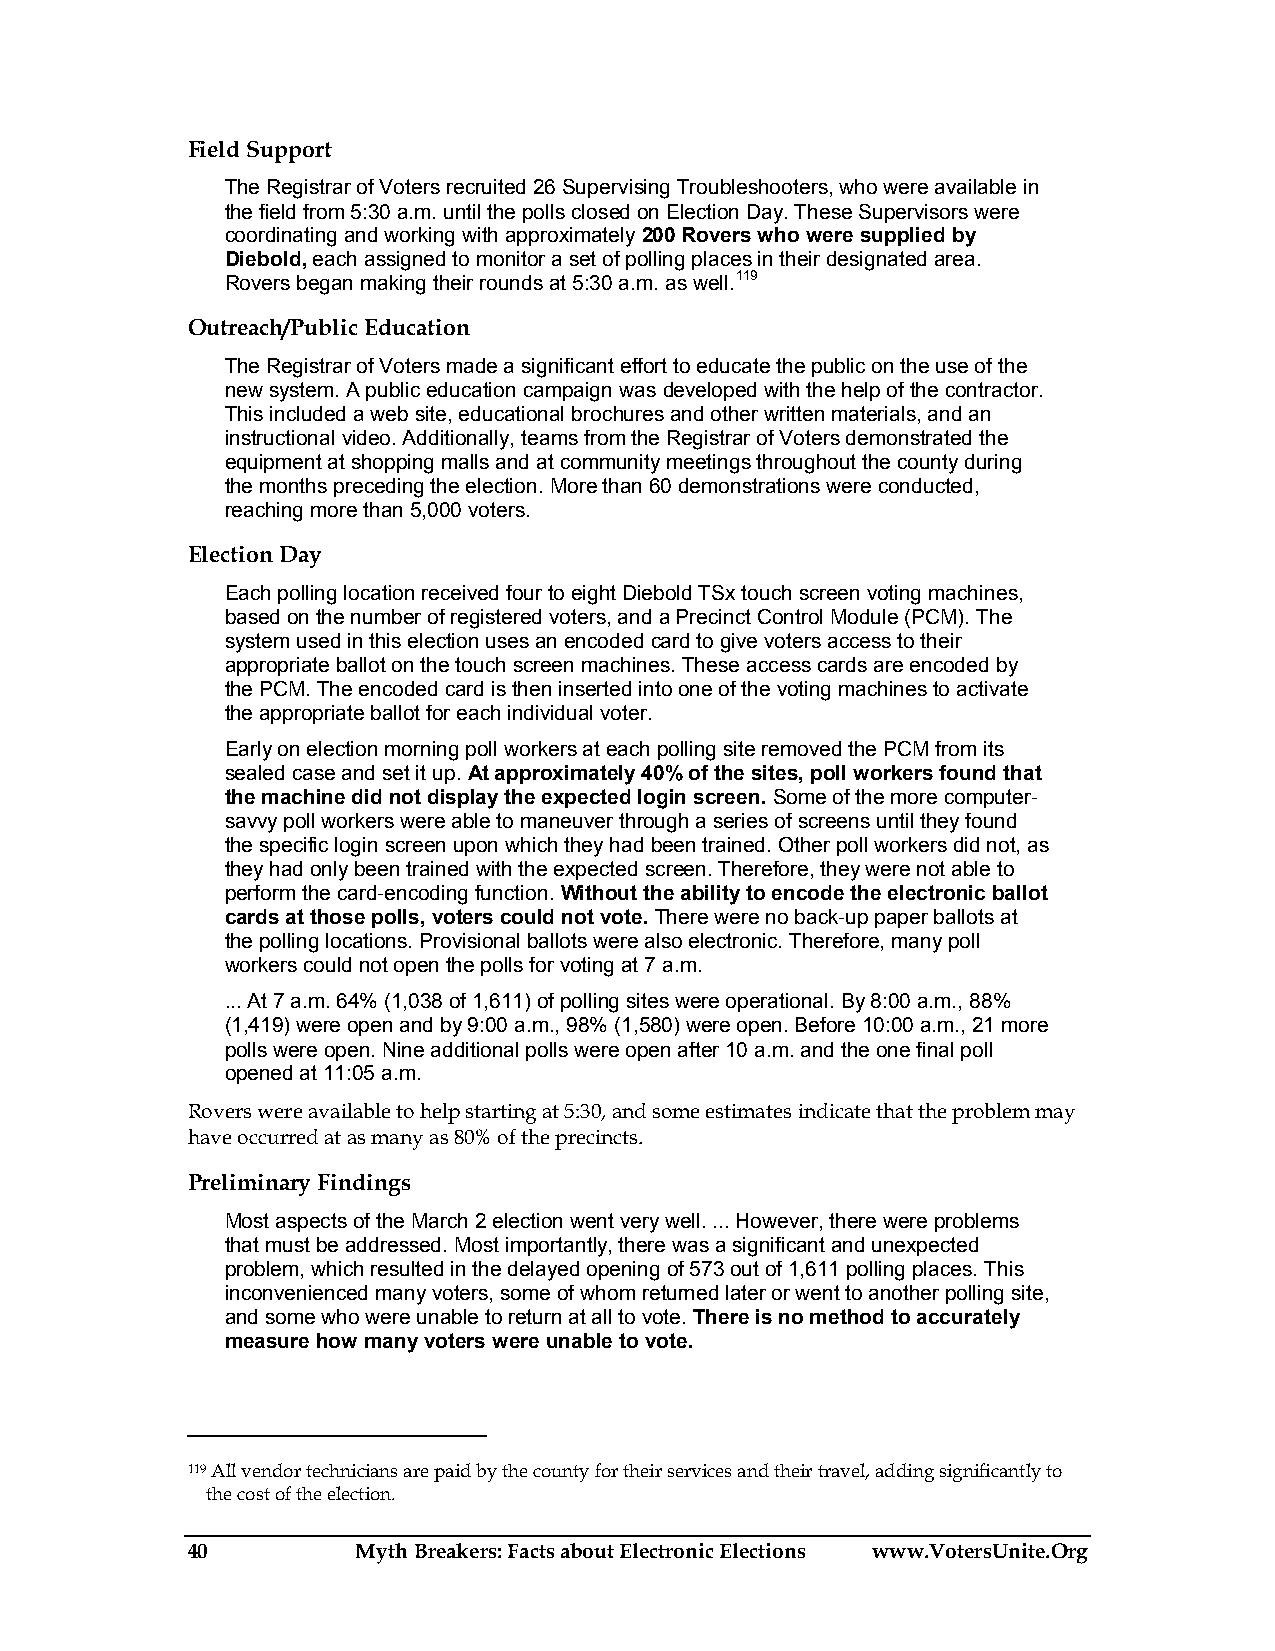
Field Support
 The Registrar of Voters recruited 26 Supervising Troubleshooters, who were available in
 the field from 5:30 a.m. until the polls closed on Election Day. These Supervisors were
 coordinating and working with approximately 200 Rovers who were supplied by
 Diebold, each assigned to monitor a set of polling places in their designated area.
 Rovers began making their rounds at 5:30 a.m. as well.119
 Outreach/Public Education
 The Registrar of Voters made a significant effort to educate the public on the use of the
 new system. A public education campaign was developed with the help of the contractor.
 This included a web site, educational brochures and other written materials, and an
 instructional video. Additionally, teams from the Registrar of Voters demonstrated the
 equipment at shopping malls and at community meetings throughout the county during
 the months preceding the election. More than 60 demonstrations were conducted,
 reaching more than 5,000 voters.
 Election Day
 Each polling location received four to eight Diebold TSx touch screen voting machines,
 based on the number of registered voters, and a Precinct Control Module (PCM). The
 system used in this election uses an encoded card to give voters access to their
 appropriate ballot on the touch screen machines. These access cards are encoded by
 the PCM. The encoded card is then inserted into one of the voting machines to activate
 the appropriate ballot for each individual voter.
 Early on election morning poll workers at each polling site removed the PCM from its
 sealed case and set it up. At approximately 40% of the sites, poll workers found that
 the machine did not display the expected login screen. Some of the more computer-
 savvy poll workers were able to maneuver through a series of screens until they found
 the specific login screen upon which they had been trained. Other poll workers did not, as
 they had only been trained with the expected screen. Therefore, they were not able to
 perform the card-encoding function. Without the ability to encode the electronic ballot
 cards at those polls, voters could not vote. There were no back-up paper ballots at
 the polling locations. Provisional ballots were also electronic. Therefore, many poll
 workers could not open the polls for voting at 7 a.m.
 ... At 7 a.m. 64% (1,038 of 1,611) of polling sites were operational. By 8:00 a.m., 88%
 (1,419) were open and by 9:00 a.m., 98% (1,580) were open. Before 10:00 a.m., 21 more
 polls were open. Nine additional polls were open after 10 a.m. and the one final poll
 opened at 11:05 a.m.
 Rovers were available to help starting at 5:30, and some estimates indicate that the problem may
 have occurred at as many as 80% of the precincts.
 Preliminary Findings
 Most aspects of the March 2 election went very well. ... However, there were problems
 that must be addressed. Most importantly, there was a significant and unexpected
 problem, which resulted in the delayed opening of 573 out of 1,611 polling places. This
 inconvenienced many voters, some of whom returned later or went to another polling site,
 and some who were unable to return at all to vote. There is no method to accurately
 measure how many voters were unable to vote.
 119 All vendor technicians are paid by the county for their services and their travel, adding significantly to
 the cost of the election.
 40          Myth Breakers: Facts about Electronic Elections www.VotersUnite.Org